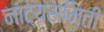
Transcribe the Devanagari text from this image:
नाट्यसमिती